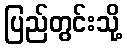
ပြည်တွင်းသို့